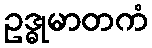
ဥဒ္ဓုမာတကံ